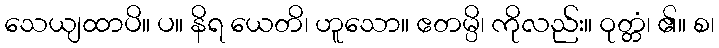
သေယျထာပိ။ ပ။ နိရ ယေတိ၊ ဟူသော။ ဧတမ္ပိ၊ ကိုလည်း။ ဝုတ္တံ၊ ၏။ စ၊